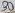
Text: 4